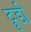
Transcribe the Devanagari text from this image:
ट्रूडी